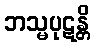
ဘသ္မပုဋန္တိ